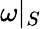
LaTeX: \omega|_{S}